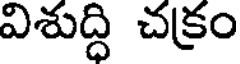
విశుద్ధి చక్రం